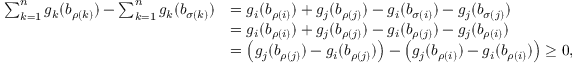
\begin{array} { r l } { \sum _ { k = 1 } ^ { n } g _ { k } ( b _ { \rho ( k ) } ) - \sum _ { k = 1 } ^ { n } g _ { k } ( b _ { \sigma ( k ) } ) } & { = g _ { i } ( b _ { \rho ( i ) } ) + g _ { j } ( b _ { \rho ( j ) } ) - g _ { i } ( b _ { \sigma ( i ) } ) - g _ { j } ( b _ { \sigma ( j ) } ) } \\ & { = g _ { i } ( b _ { \rho ( i ) } ) + g _ { j } ( b _ { \rho ( j ) } ) - g _ { i } ( b _ { \rho ( j ) } ) - g _ { j } ( b _ { \rho ( i ) } ) } \\ & { = \left( g _ { j } ( b _ { \rho ( j ) } ) - g _ { i } ( b _ { \rho ( j ) } ) \right) - \left( g _ { j } ( b _ { \rho ( i ) } ) - g _ { i } ( b _ { \rho ( i ) } ) \right) \ge 0 , } \end{array}